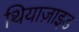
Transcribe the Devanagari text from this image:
थियाज़ाइड